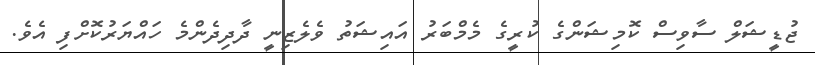
ޖުޑީޝަލް ސާވިސް ކޮމިޝަންގެ ކުރީގެ މެމްބަރު އައިޝަތު ވެލެޒިނީ ދާދިދެންމެ ހައްޔަރުކޮށްފި އެވެ.